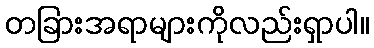
တခြားအရာများကိုလည်းရှာပါ။